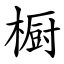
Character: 橱